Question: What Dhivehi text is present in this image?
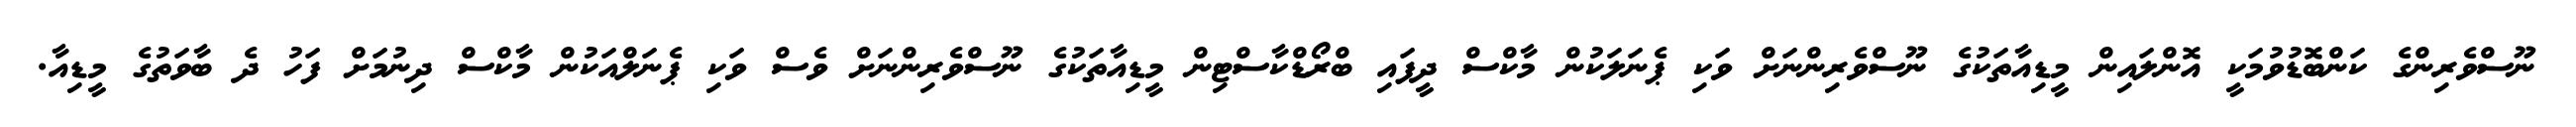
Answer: ނޫސްވެރިންގެ ކަންބޮޑުވުމަކީ އޮންލައިން މީޑިއާތަކުގެ ނޫސްވެރިންނަށް ވަކި ޕެނަލަކުން މާކްސް ދީފައި ބްރޯޑްކާސްޓިން މީޑިއާތަކުގެ ނޫސްވެރިންނަށް ވެސް ވަކި ޕެނަލްއަކުން މާކްސް ދިނުމަށް ފަހު ދެ ބާވަތުގެ މީޑިއާ.